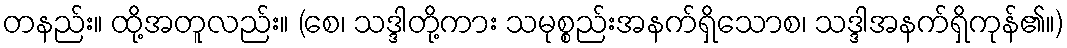
တနည်း။ ထို့အတူလည်း။ (စေ၊ သဒ္ဒါတို့ကား သမုစ္စည်းအနက်ရှိသောစ၊ သဒ္ဒါအနက်ရှိကုန်၏။)